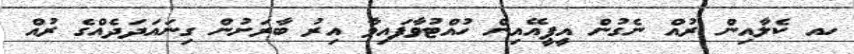
ހއ ކެލާއިން ރުއް ނެގުން އީޕީއޭއިން ހުއްޓުވާފައިވާ އިރު ބާރަށުން ގިނައަދަދެއްގެ ރުއް